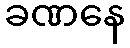
ခဏနေ